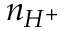
n _ { H ^ { + } }